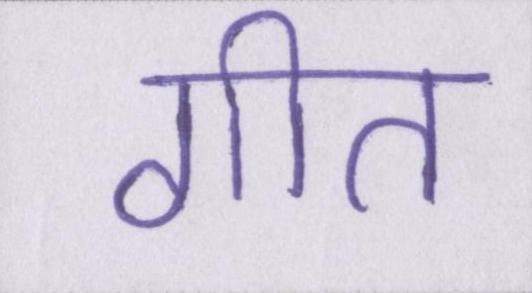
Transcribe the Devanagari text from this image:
गीत